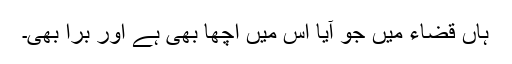
ہاں قضاء میں جو آیا اس میں اچھا بھی ہے اور برا بھی۔